Vaccination in Burma 1889-1999 - 1889-1999
Year: 1889
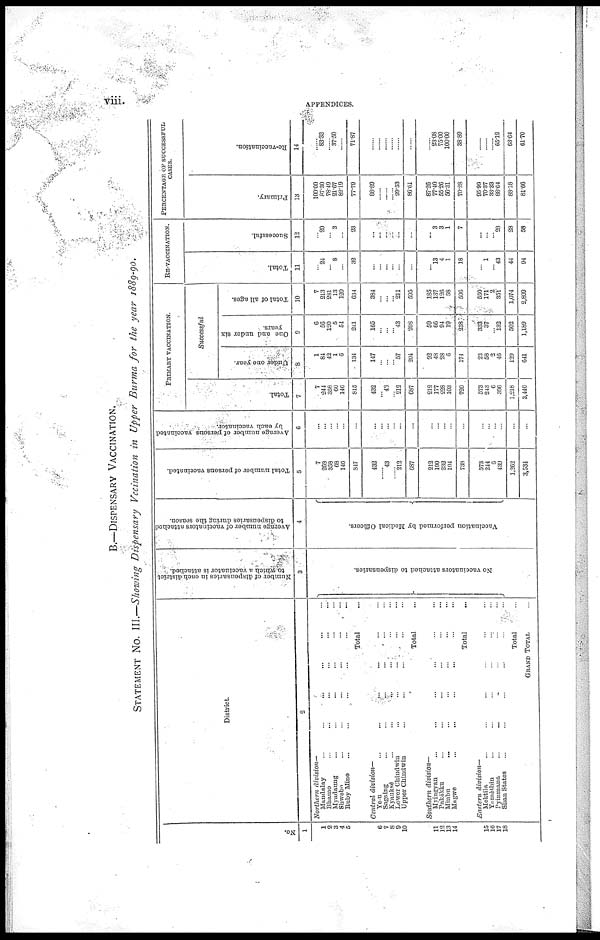
viii.
APPENDICES.
B.—DISPENSARY VACCINATION.
STATEMENT No. III.—Showing Dispensary Vccination in Upper Burma for the year 1889-90.
No.
1
1
2
3
4
5
6
7
8
9
10
11
12
13
14
15
16
17
18
District.
2
Northern division—
Mandalay ... ... ... ... ... ...
Bhamo
...
... ... ... ... ...
Myadaung ... ... ... ... ... ...
Shwebo ... ... ... ... ...
Ruby Mine ... ... ... ... ... ...
Total ...
Central division—
Ye-u ... ... ... ... ... ...
Sagaing ... ... ... ... ... ...
Kyauksè ... ... ... ... ... ...
Lower Chindwin ... ... ... ... ...
Upper Chindwin ... ... ... ... ...
Total ...
Southern division—
Myingyan ... ... ... ... ... ...
Pakôkku ... ... ... ... ... ...
Minbu ... ... ... ... ... ...
Magwe ... ... ... ... ... ...
Total ...
Eastern division—
Mektila ... ... ... ... ... ...
Yamèthin ... ... ... ... ... ...
Pyinmana ... ... ... ... ... ...
Shan States
...
...
...
...
...
... .
Total ...
GRAND TOTAL ...
Number of dispensaries in each district
to Which a vaccinator is attached.
3
No vaccinators attached to dispensaries.
Average number of vaccinators attached
to dispensaries during the season.
4
Vaccination performed by Medical Officers.
Total number of persons vaccinated.
5
7
268
358
68
146
847
432
......
43
......
212
687
212
190
232
104
738
573
244
6
439
1,262
3,534
Average number of persons vaccinated
by each vaccinator.
6
...
...
...
...
...
...
...
...
...
...
...
...
...
...
...
...
...
...
...
...
...
...
PRIMARY VACCINATION.
Total.
7
7
244
358
60
146
815
432
... 43
...
212
687
212
177
228
103
720
573
243
6
396
1,218
3,440
Successful
Under one year.
8
1
84
42
1
6
134
147
...
...
...
57
204
92
48
28
6
174
23
58
2
46
129
641
One and under six
years.
9
6
56
120
5
54
241
165
...
...
...
43
208
59
66
94
19
288
333
37
...
132
502
1,189
Total of all ages.
10
7
213
281
13
120
634
384
...
...
...
211
595
185
137
126
58
506
550
171
2
351
1,074
2,809
RE-VACCINATION.
Total.
11
...
24
...
8
...
32
...
...
...
...
...
...
... 13
4
1
18
...
1
...
43
44
94
Successful.
12
...
20
...
3
...
23
...
...
...
...
...
...
... 3
3
1
7
...
...
...
28
28
58
PERCENTAGE OF SUCCESSFUL
CASES.
Primary.
13
100.00
87.30
78.49
21.67
82.19
77.79
88.89
...
...
...
99.53
86.61
87.26
77.40
55.26
56.31
70.28
95.99
70.37
33.33
88.64
88.18
81.66
Re-vaccination.
14
......
83.33
......
37.50
......
71.87
......
......
......
......
......
......
...
23.08
75.00
100.00
38.89
......
......
......
65.12
63.64
61.70